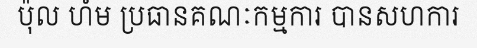
ប៉ុល ហំម ប្រធានគណៈកម្មការ បានសហការ